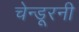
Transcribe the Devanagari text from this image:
चेन्डूरनी